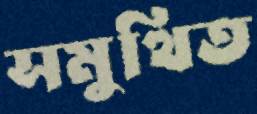
সমুত্থিত